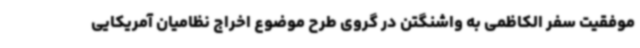
موفقیت سفر الکاظمی به واشنگتن در گروی طرح موضوع اخراج نظامیان آمریکایی